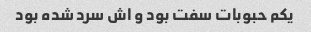
یکم حبوبات سفت بود و اش سرد شده بود